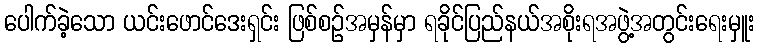
ပေါက်ခဲ့သော ယင်းဖောင်ဒေးရှင်း ဖြစ်စဉ်အမှန်မှာ ရခိုင်ပြည်နယ်အစိုးရအဖွဲ့အတွင်းရေးမှူး